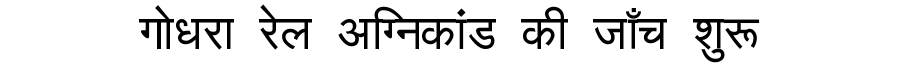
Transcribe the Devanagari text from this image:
गोधरा रेल अग्निकांड की जाँच शुरू